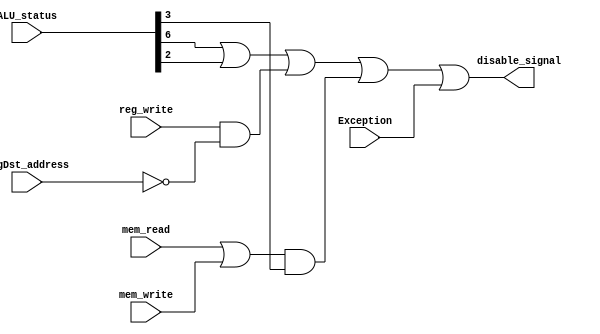
module exception_handle(
		input 		[7:0] ALU_status,
		input		[4:0] RegDst_address,
		input		mem_read, mem_write,
		input 	reg_write,
		input		Exception,
		output reg	disable_signal
);
	
	always@(*)
	begin
		disable_signal = ALU_status[6] || ALU_status[2] || 
						(reg_write && RegDst_address == 5'b0) ||
						((mem_read||mem_write) && ALU_status[3]) || Exception;
	end

endmodule